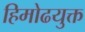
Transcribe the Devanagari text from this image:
हिमोढयुक्त